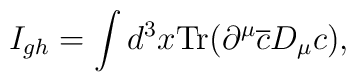
I_{gh}=\int d^3x \mbox{Tr} (\partial^{\mu}\overline{c}D_{\mu}c),